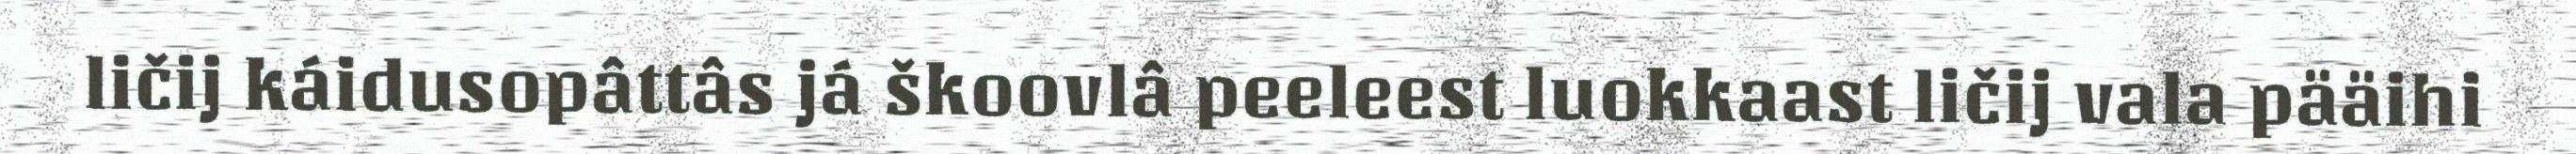
ličij káidusopâttâs já škoovlâ peeleest luokkaast ličij vala pääihi